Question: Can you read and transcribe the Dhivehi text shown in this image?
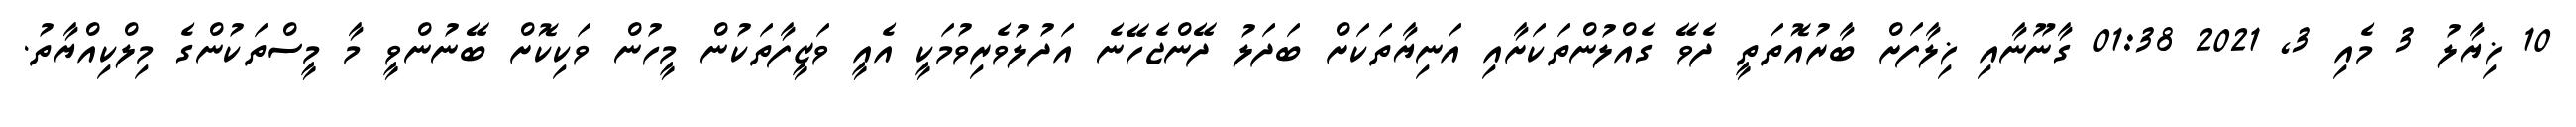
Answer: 10 ޚިޔާލު 3 މެއި 3, 2021 01:38 ގާނޫނާއި ޚިލާފަށް ބާރުއޮތަތީ ދެވޭ ގެއްލުންތަކަށާއި އަނިޔާތަކަށް ބަދަލު ދޭންޖެހޭނެ އަދުލުވެރިވުމަކީ އެއީ ވަޒީފާތަކުން މީހުން ވަކިކޮށް ބޭނުންވީ މާ މީސްތަކުންގެ މިލްކިއްޔާތު.